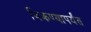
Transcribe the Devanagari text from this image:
विकण्यापर्यंत